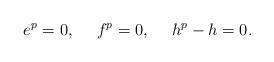
LaTeX: \begin{align*}e^{p}=0,\ \ \ \ f^{p}=0,\ \ \ \ h^{p}-h=0.\end{align*}